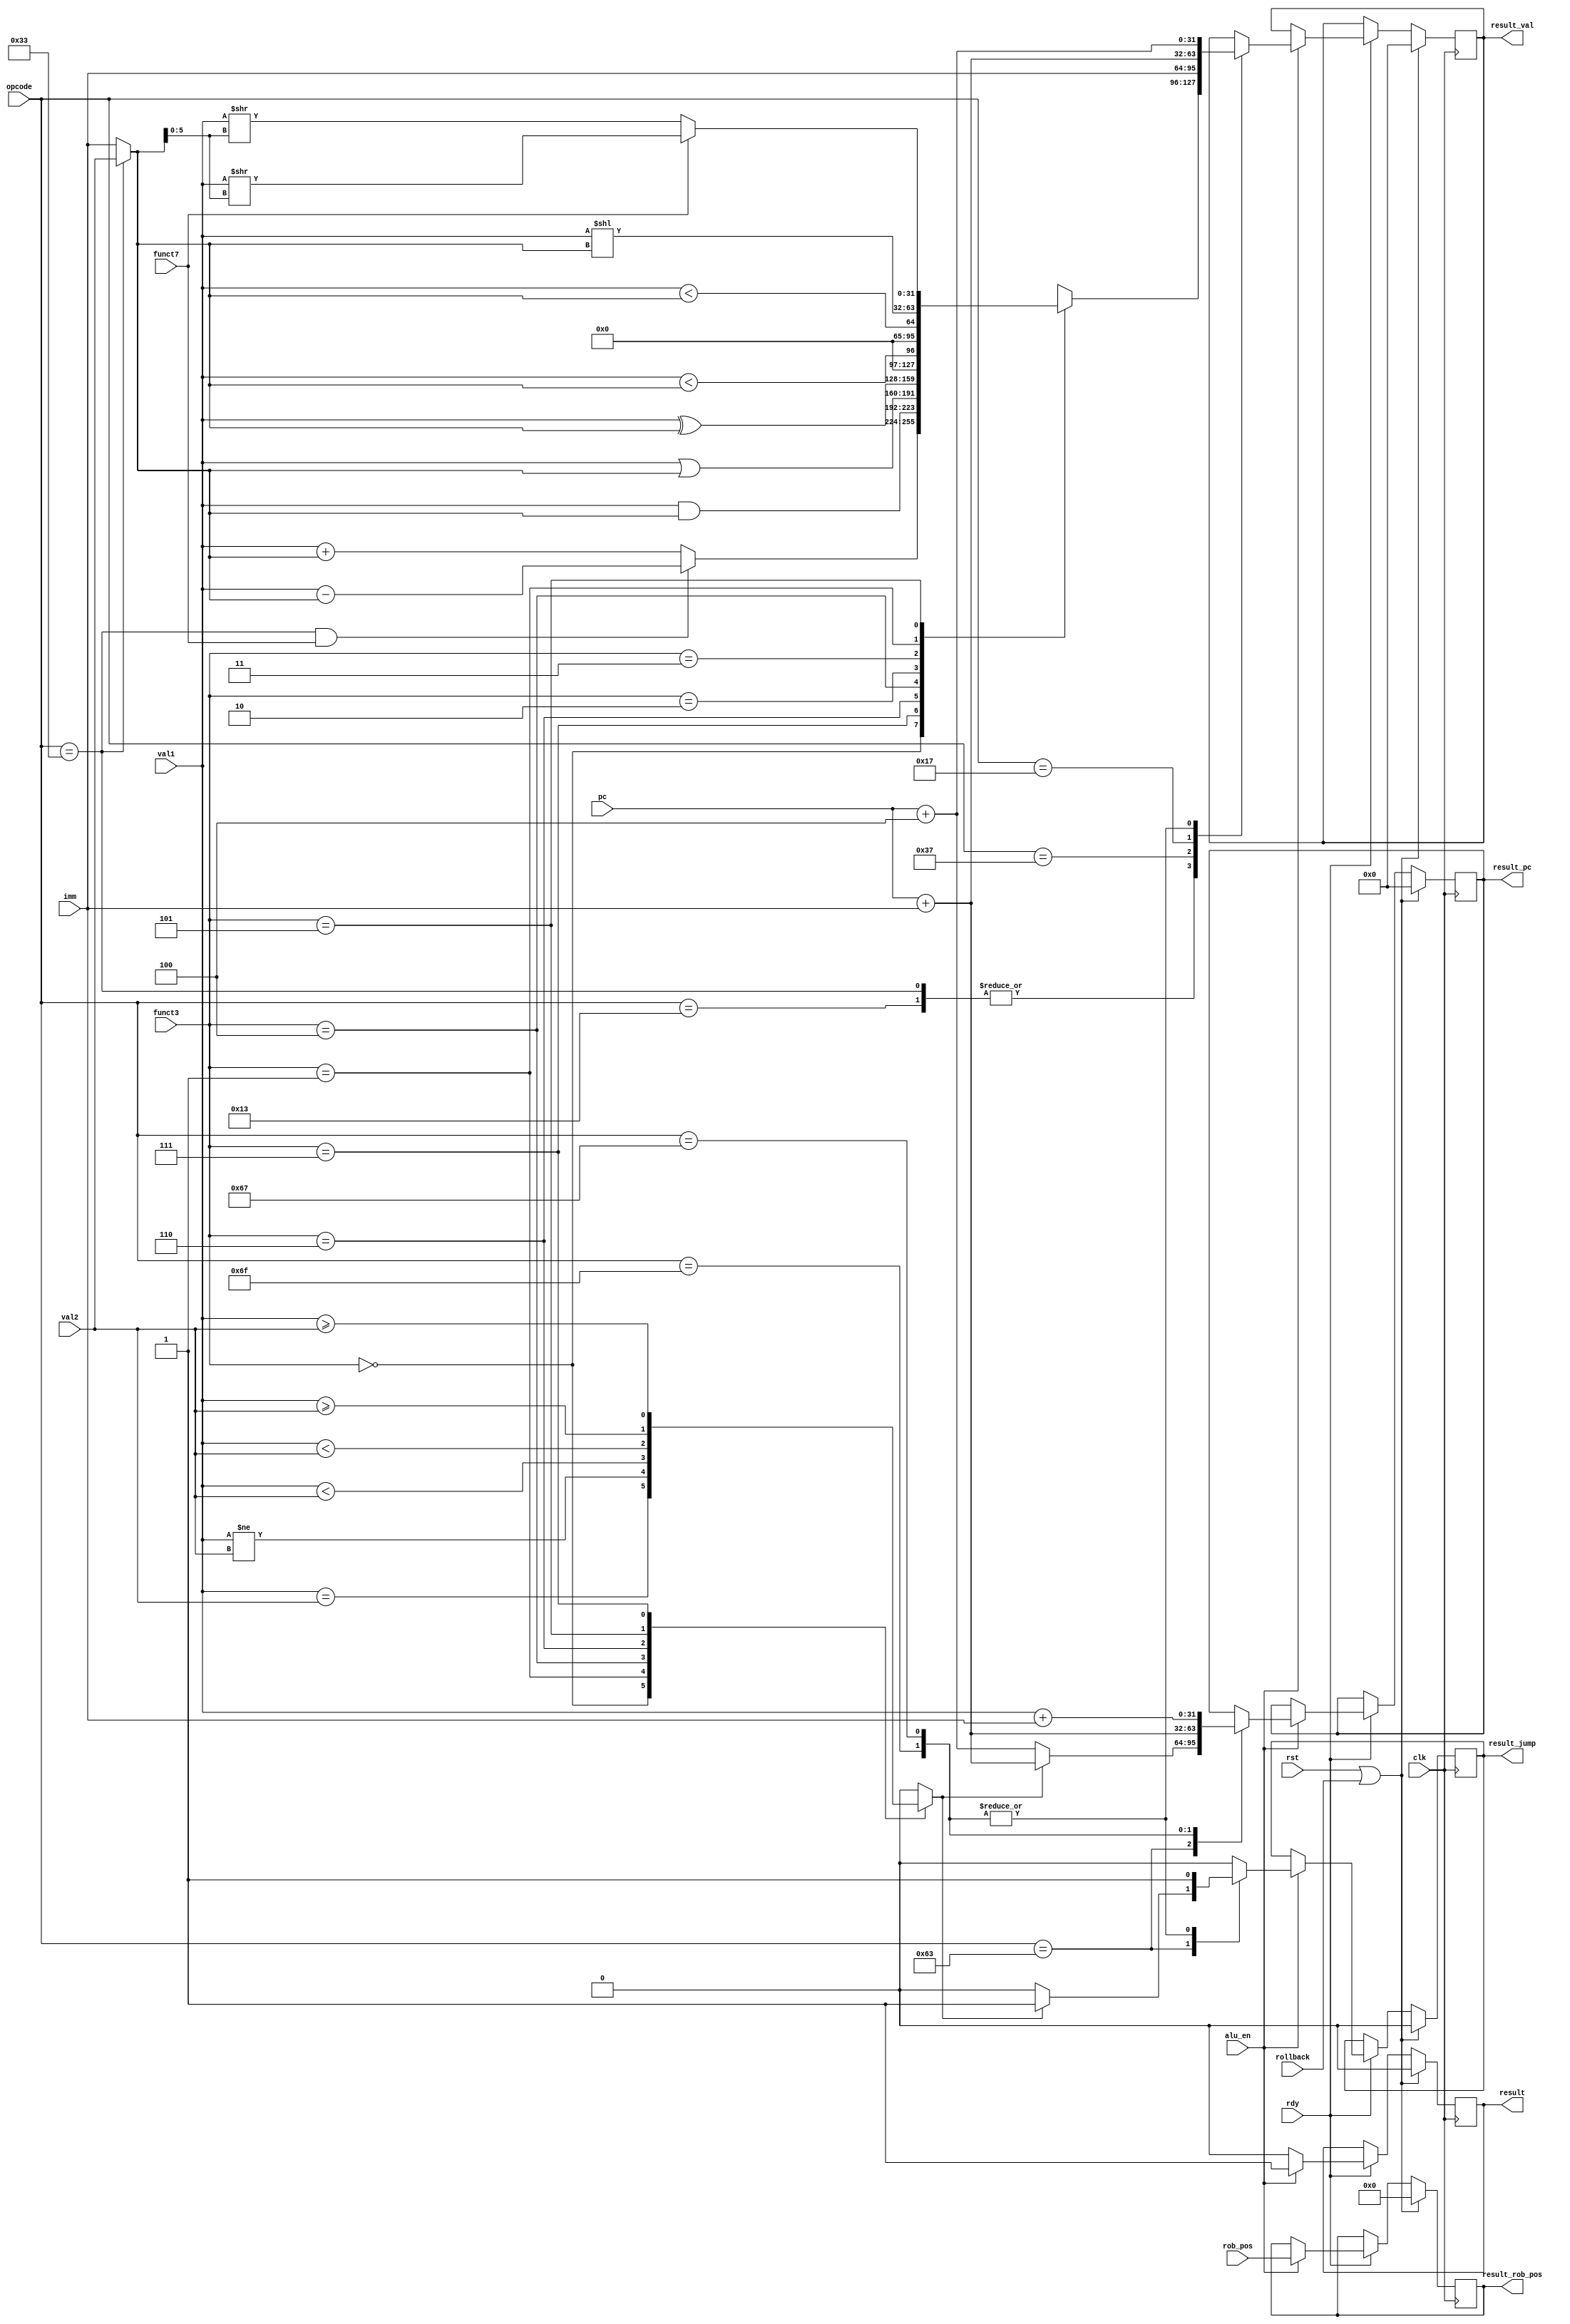
`ifndef ALU
`define ALU
module ALU (
    input wire clk,
    input wire rst,
    input wire rdy,
    input wire rollback,

    //from rs
    input wire alu_en,
    input wire [3:0] rob_pos,
    input wire [6:0] opcode,
    input wire [2:0] funct3,
    input wire funct7,
    input wire [31:0] val1,
    input wire [31:0] val2,
    input wire [31:0] imm,
    input wire [31:0] pc,

    //broadcast
    output reg result,
    output reg [3:0] result_rob_pos,
    output reg [31:0] result_val,
    output reg result_jump,
    output reg [31:0] result_pc
);

    wire [31:0] number1 = val1;
    wire [31:0] number2 = opcode == 7'b0110011 ? val2 : imm;
    reg [31:0] ans;
    
    always @(*) begin
        case (funct3)
        3'h0:
            if (opcode == 7'b0110011 && funct7) ans = number1 - number2;
            else ans = number1 + number2;
        3'h7: ans = number1 & number2;
        3'h6: ans = number1 | number2;
        3'h4: ans = number1 ^ number2;
        3'h2: ans = ($signed(number1) < $signed(number2));
        3'h3: ans = (number1 < number2);
        3'h1: ans = number1 << number2;
        3'h5:
            if (funct7) ans = $signed(number1) >> number2[5:0];
            else ans = number1 >> number2[5:0];
        endcase
    end

    reg jump;
    always @(*) begin
        case (funct3)
        3'h0: jump = (val1 == val2);
        3'h1: jump = (val1 != val2);
        3'h4: jump = ($signed(val1) < $signed(val2));
        3'h6: jump = (val1 < val2);
        3'h5: jump = ($signed(val1) >= $signed(val2));
        3'h7: jump = (val1 >= val2);
        default: jump = 0;
        endcase
    end

    always @(posedge clk) begin
        if (rst || rollback) begin
            result <= 0;
            result_rob_pos <= 0;
            result_val <= 0;
            result_jump <= 0;
            result_pc <= 0;
        end
        else if (rdy)begin
            result <= 0;
            if (alu_en) begin
                result <= 1;
                result_rob_pos <= rob_pos;
                result_jump <= 0;
                case (opcode)
                7'b0110011: result_val <= ans;
                7'b0010011: result_val <= ans;
                7'b0110111: result_val <= imm;
                7'b0010111: result_val <= pc + imm;
                7'b1100011:
                    if (jump) begin
                        result_jump <= 1;
                        result_pc <= pc + imm;
                    end else begin
                        result_pc <= pc + 4;
                    end
                7'b1101111: begin
                    result_jump <= 1;
                    result_val <= pc + 4;
                    result_pc <= pc + imm;
                end
                7'b1100111: begin
                    result_jump <= 1;
                    result_val <= pc + 4;
                    result_pc <= val1 + imm;
                end
                endcase
            end
        end
    end
endmodule
`endif